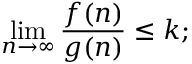
\operatorname* { l i m } _ { n \to \infty } \frac { f ( n ) } { g ( n ) } \leq k ;